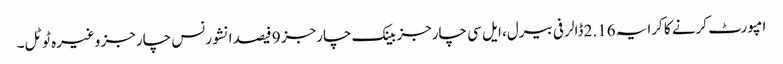
امپورٹ کرنے کا کرایہ 2.16 ڈالر فی بیرل، ایل سی چارجز بینک چارجز 9 فیصد انشورنس چارجز وغیرہ ٹوٹل۔